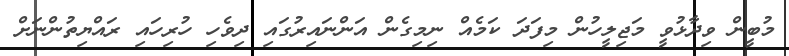
މުބީން ވިދާޅުވީ މަޖިލީހުން މިފަދަ ކަމެއް ނިމިގެން އަންނައިރުގައި ދިވެހި ހުރިހައި ރައްޔިތުންނަށް